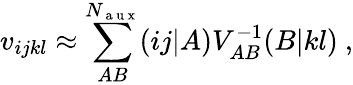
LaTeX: v_{ijkl}\approx\sum_{AB}^{N_{\mathrm{~a~u~x~}}}(ij|A)V_{AB}^{-1}(B|kl)~,